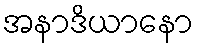
အနာဒိယာနော